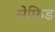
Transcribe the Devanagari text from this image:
सेफ्रिड